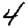
Digit: 4